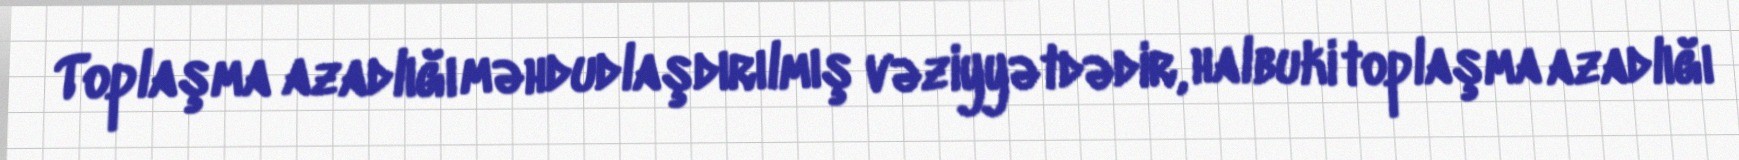
Toplaşma azadlığı məhdudlaşdırılmış vəziyyətdədir, halbuki toplaşma azadlığı